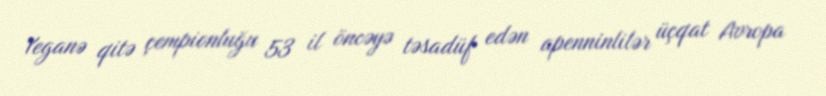
Yeganə qitə çempionluğu 53 il öncəyə təsadüf edən apenninlilər üçqat Avropa